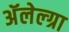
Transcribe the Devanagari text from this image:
अॅलेल्ग्रा